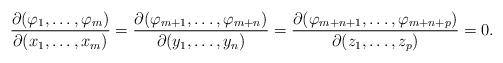
LaTeX: \begin{align*}\frac{\partial (\varphi_{1},\mathellipsis ,\varphi_{m})}{\partial (x_{1},\mathellipsis ,x_{m})}=\frac{\partial (\varphi_{m+1},\mathellipsis ,\varphi_{m+n})}{\partial (y_{1},\mathellipsis ,y_{n})}=\frac{\partial (\varphi_{m+n+1},\mathellipsis ,\varphi_{m+n+p})}{\partial (z_{1},\mathellipsis ,z_{p})}=0.\end{align*}